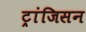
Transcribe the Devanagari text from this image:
ट्रांजिसन